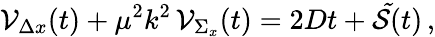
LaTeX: {\cal V}_{\Delta x}(t)+\mu^{2}k^{2}\, {\cal V}_{\Sigma_{x}}(t)=2Dt+{\cal\tilde{S}}(t)\, ,